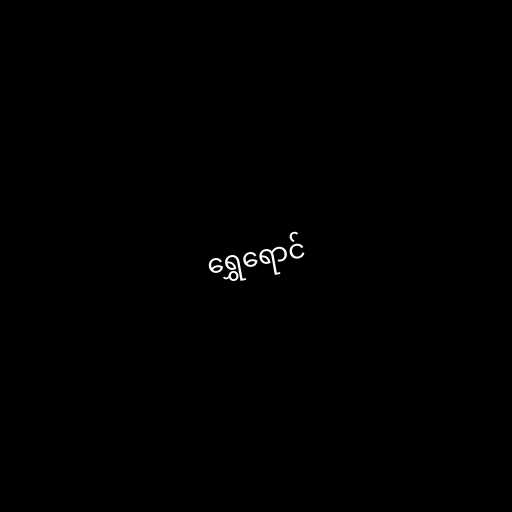
ရွှေရောင်